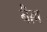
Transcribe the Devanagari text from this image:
बैल्ल